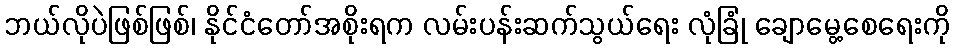
ဘယ်လိုပဲဖြစ်ဖြစ်၊ နိုင်ငံတော်အစိုးရက လမ်းပန်းဆက်သွယ်ရေး လုံခြုံ ချောမွေ့စေရေးကို